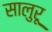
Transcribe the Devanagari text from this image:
सालुरू